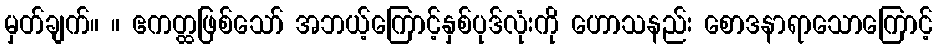
မှတ်ချက်။ ။ ဧကတ္ထဖြစ်သော် အဘယ့်ကြောင့်နှစ်ပုဒ်လုံးကို ဟောသနည်း စောဒနာရာသောကြောင့်